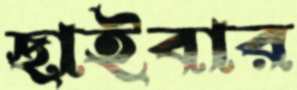
ছাইবার